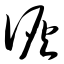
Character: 诙